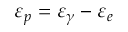
\varepsilon _ { p } = \varepsilon _ { \gamma } - \varepsilon _ { e }